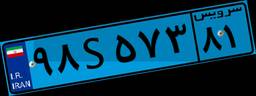
۹۸S۵۷۳۸۱